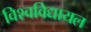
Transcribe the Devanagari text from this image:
विश्‍वविद्यायल